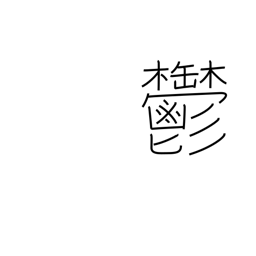
Meaning: melancholy